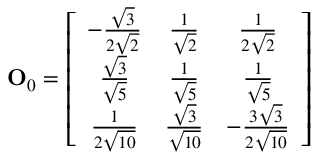
{ \bf O } _ { 0 } = \left[ \begin{array} { c c c } { { - \frac { \sqrt { 3 } } { 2 \sqrt { 2 } } } } & { { \frac { 1 } { \sqrt { 2 } } } } & { { \frac { 1 } { 2 \sqrt { 2 } } } } \\ { { \frac { \sqrt { 3 } } { \sqrt { 5 } } } } & { { \frac { 1 } { \sqrt { 5 } } } } & { { \frac { 1 } { \sqrt { 5 } } } } \\ { { \frac { 1 } { 2 \sqrt { 1 0 } } } } & { { \frac { \sqrt { 3 } } { \sqrt { 1 0 } } } } & { { - \frac { 3 \sqrt { 3 } } { 2 \sqrt { 1 0 } } } } \end{array} \right]